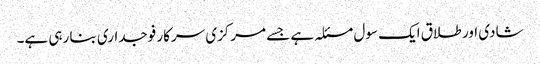
شادی اور طلاق ایک سول مسئلہ ہے جسے مرکزی سرکار فوجداری بنا رہی ہے۔